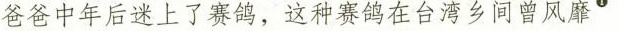
爸爸十年上了赛鸽 ，这种赛鸽在台湾乡间曾风靡^{①}